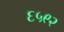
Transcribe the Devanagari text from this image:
६५९२